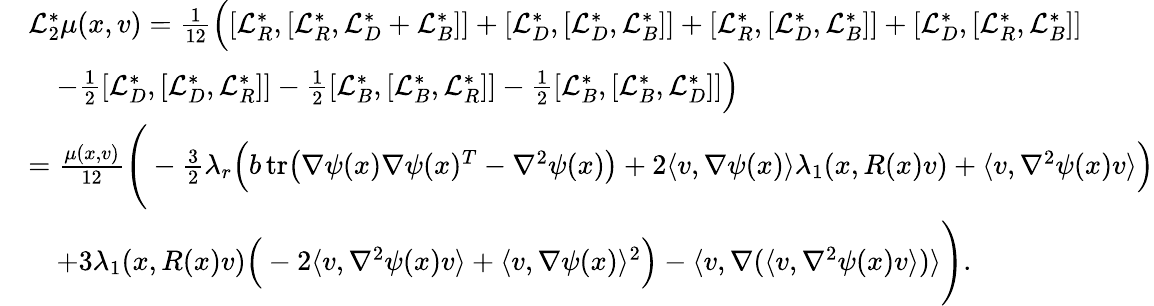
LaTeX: \begin{array}{rl}&{\mathcal{L}_{2}^{*}\mu(x,v)=\frac{1}{12}\Big([\mathcal{L}_{R}^{*},[\mathcal{L}_{R}^{*},\mathcal{L}_{D}^{*}+\mathcal{L}_{B}^{*}]]+[\mathcal{L}_{D}^{*},[\mathcal{L}_{D}^{*},\mathcal{L}_{B}^{*}]]+[\mathcal{L}_{R}^{*},[\mathcal{L}_{D}^{*},\mathcal{L}_{B}^{*}]]+[\mathcal{L}_{D}^{*},[\mathcal{L}_{R}^{*},\mathcal{L}_{B}^{*}]]}\\ &{\quad-\frac{1}{2}[\mathcal{L}_{D}^{*},[\mathcal{L}_{D}^{*},\mathcal{L}_{R}^{*}]]-\frac{1}{2}[\mathcal{L}_{B}^{*},[\mathcal{L}_{B}^{*},\mathcal{L}_{R}^{*}]]-\frac{1}{2}[\mathcal{L}_{B}^{*},[\mathcal{L}_{B}^{*},\mathcal{L}_{D}^{*}]]\Big)}\\ &{=\frac{\mu(x,v)}{12}\Bigg(-\frac{3}{2}\lambda_{r}\Big(b\, \mathrm{tr}\big(\nabla\psi(x)\nabla\psi(x)^{T}-\nabla^{2}\psi(x)\big)+2\langle v,\nabla\psi(x)\rangle\lambda_{1}(x,R(x)v)+\langle v,\nabla^{2}\psi(x)v\rangle\Big)}\\ &{\quad+3\lambda_{1}(x,R(x)v)\Big(-2\langle v,\nabla^{2}\psi(x)v\rangle+\langle v,\nabla\psi(x)\rangle^{2}\Big)-\langle v,\nabla(\langle v,\nabla^{2}\psi(x)v\rangle)\rangle\Bigg).}\end{array}